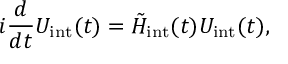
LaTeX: i \frac { d } { d t } U _ { \mathrm { i n t } } ( t ) = \tilde { H } _ { \mathrm { i n t } } ( t ) U _ { \mathrm { i n t } } ( t ) ,